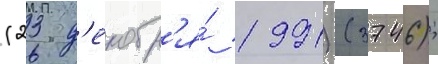
(23 д'екабр'я́ 1991) (3746);